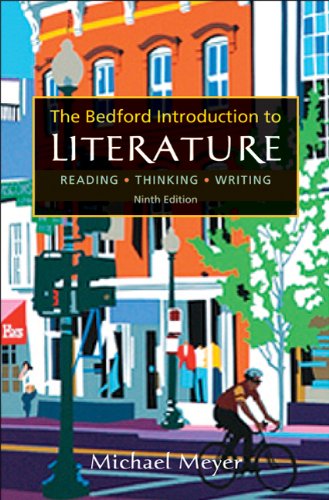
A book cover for Bedford Introduction to Literature: Reading, Thinking, Writing; Michael Meyer; Literature & Fiction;